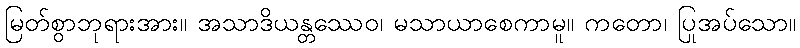
မြတ်စွာဘုရားအား။ အသာဒိယန္တဿေဝ၊ မသာယာစေကာမူ။ ကတော၊ ပြုအပ်သော။